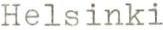
Helsinki